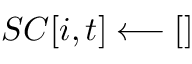
S C [ i , t ] \longleftarrow { [ ] }